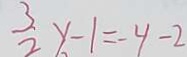
\frac { 3 } { 2 } y - 1 = - 4 - 2